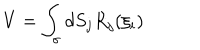
V = \int _ { \sigma } d S _ { j } R _ { j } ( \xi _ { i } )